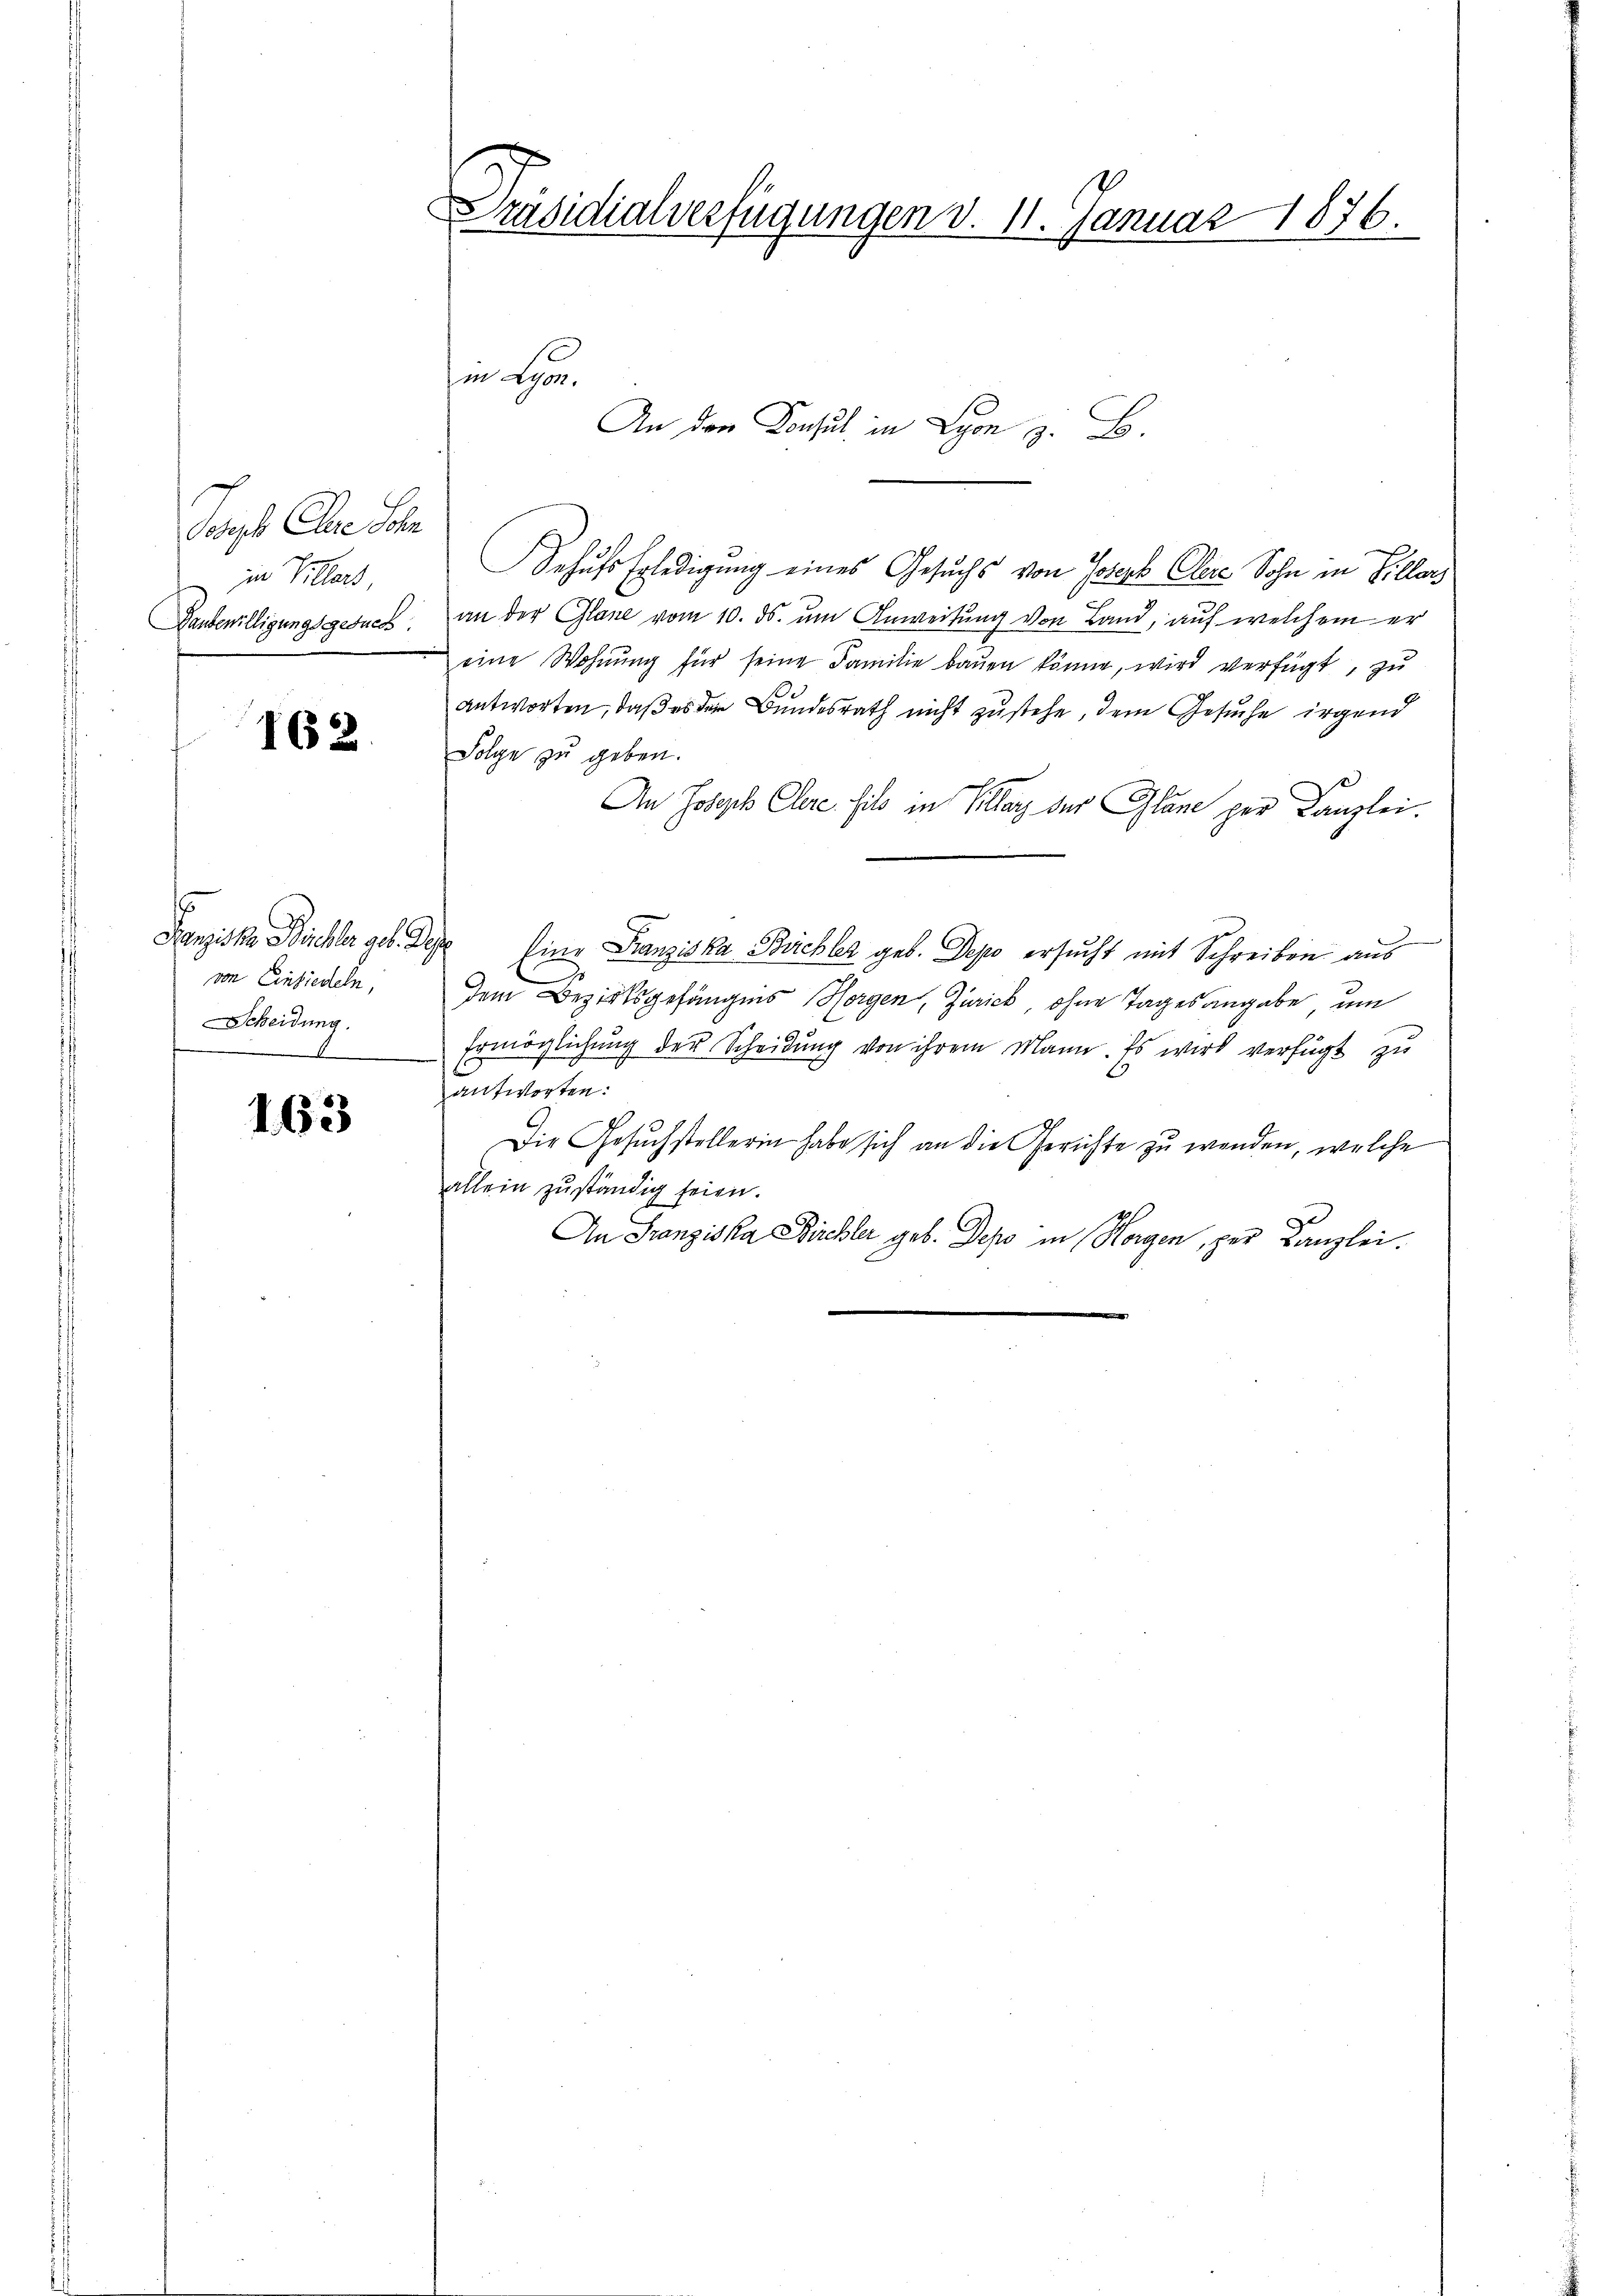
Joseph Clare Sch
in Villers,
Zaubewilligungsgesuch.

162.

von Einsiedeln,
SScheidung.
6

163

Präsidialverfügungen d. 11. Januar 1876.

Sehufs Erledigung eines Gesuchs von Josef Cler Sohn in Biller
an der Glane vom 10. ds. um Anweisung von Land, auf welchem er
eine Wohnung für seine Familie bauen könne, wird verfügt, zu
antworten, daß es der Bundesrath nicht zustehe, dem Gesuche irgend
Folge zu geben.
An Joseph Clare fils in Klar der Glane per Kanzlei.
Danziska Büchler geb. Dese Eine Franziska Büchler geb. Depo ersucht mit Schreiben aus
dem Bezirksgefängnis Horgen, Zürich, ohne Tagesangabe um
Ermöglichung der Scheidung von ihrem Mann. Es wird verfügt zu
antworten:
Die Gesuchstellerin habe sich an die Gerichte zu wenden, welche
allein zuständig seien.
An Franziska Kirchler geb. Depo in Horgen, per Kanzlei.

in Her
An den Konsul in Lyon z. B.